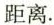
距离.